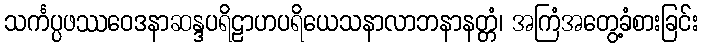
သင်္ကပ္ပဖဿဝေဒနာဆန္ဒပရိဠာဟပရိယေသနာလာဘနာနတ္တံ၊ အကြံအတွေ့ခံစားခြင်း